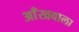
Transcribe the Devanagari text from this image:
आँखवाला